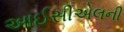
આઈસીએલની